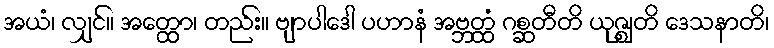
အယံ၊ လျှင်။ အတ္ထော၊ တည်း။ ဗျာပါဒေါ ပဟာနံ အဗ္ဘတ္ထံ ဂစ္ဆတီတိ ယုဇ္ဈတိ ဒေသနာတိ၊